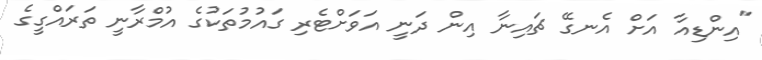
"އިންޑިއާ އަށް އެނގޭ ޗައިނާ އިން ދަނީ އަވަށްޓެރި ގައުމުތަކުގެ އުމްރާނީ ތަރައްގީގެ